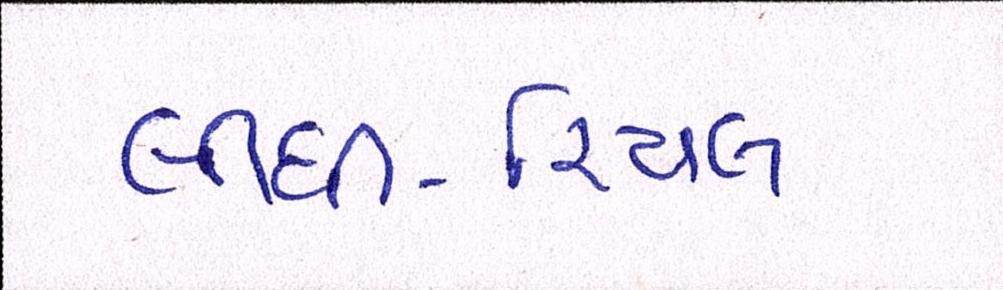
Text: લીધી-રિયલ